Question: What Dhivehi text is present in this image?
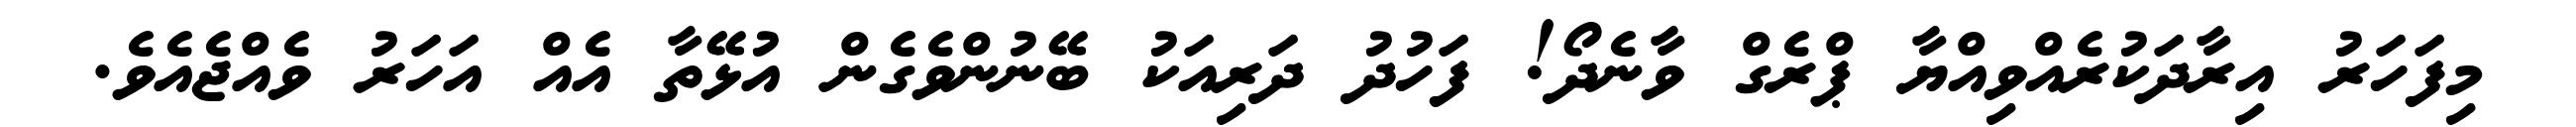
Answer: މިފަހަރު އިރާދަކުރެއްވިއްޔާ ޕްރެގް ވާނެދޯ! ފަހުދު ދަރިއަކު ބޭނުންވެގެން އުޅޭތާ އެއް އަހަރު ވެއްޖެއެވެ.